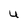
Character: U